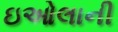
ઇઓલાની